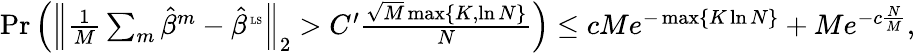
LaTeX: \begin{array}{r}{\operatorname*{Pr}\left(\Big\| \frac 1M\sum_{m}\hat{\beta}^{m}-\hat{\beta}^{\mathrm{\tiny~LS}}\Big\| _{2}>C^{\prime}\frac{\sqrt{M}\operatorname*{max}\{ K,\ln N\} }{N}\right)\leq cMe^{-\operatorname*{max}\{ K\ln N\} }+Me^{-c\frac{N}M},}\end{array}